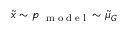
\tilde { x } \sim p _ { \mathrm { ~ \tiny ~ m ~ o ~ d ~ e ~ l ~ } } \sim \tilde { \mu } _ { G }